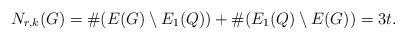
LaTeX: \begin{align*}N_{r,k}(G) = \#(E(G) \setminus E_1(Q)) + \#(E_1(Q)\setminus E(G)) = 3t.\end{align*}